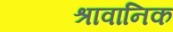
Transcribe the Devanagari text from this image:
श्रावानिक